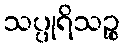
သပ္ပုရိသဉ္စ